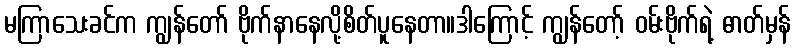
မကြာသေးခင်က ကျွန်တော် ဗိုက်နာနေလို့စိတ်ပူနေတာ။ဒါကြောင့် ကျွန်တော့် ဝမ်းဗိုက်ရဲ့ ဓာတ်မှန်